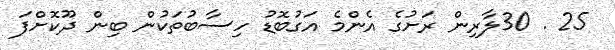
25 . 30ލާރިން ރަށުގެ އެންމެ އަގުބޮޑު ހިސާބުތަކުން ބިން ދޫކޮށްފަ